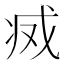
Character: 𢦬